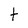
Character: t